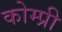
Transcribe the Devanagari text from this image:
कोम्प्री